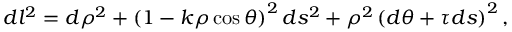
d l ^ { 2 } = d \rho ^ { 2 } + \left( 1 - k \rho \cos \theta \right) ^ { 2 } d s ^ { 2 } + \rho ^ { 2 } \left( d \theta + \tau d s \right) ^ { 2 } ,